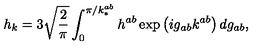
h _ { k } = 3 \sqrt { \frac { 2 } { \pi } } \int _ { 0 } ^ { \pi / k _ { * } ^ { a b } } h ^ { a b } \exp \left( i g _ { a b } k ^ { a b } \right) d g _ { a b } ,